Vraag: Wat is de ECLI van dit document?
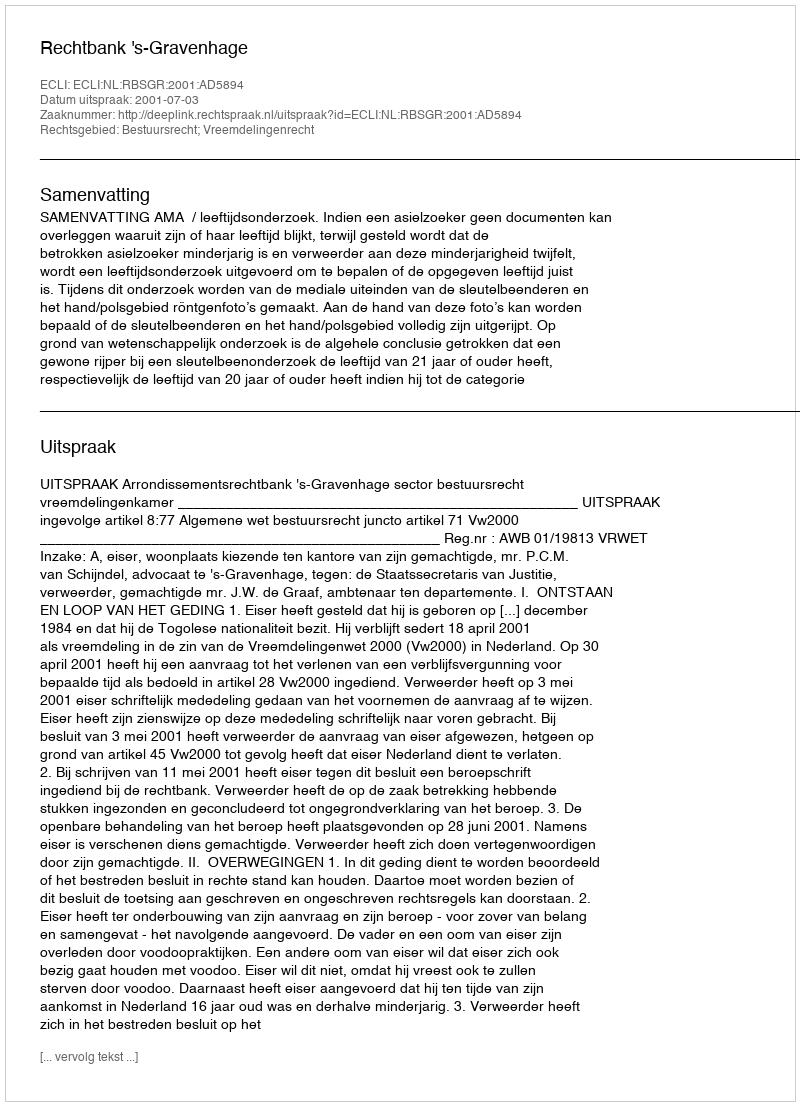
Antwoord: ECLI:NL:RBSGR:2001:AD5894